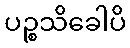
ပဉ္စသိခေါပိ